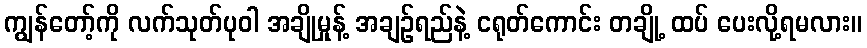
ကျွန်တော့်ကို လက်သုတ်ပုဝါ အချိုမှုန့် အချဉ်ရည်နဲ့ ငရုတ်ကောင်း တချို့ ထပ် ပေးလို့ရမလား။